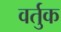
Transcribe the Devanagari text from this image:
वर्तुक